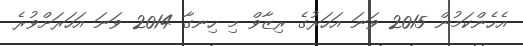
އެހެންކަމުން 2015 ވަނަ އަހަރުގެ ރިޒާވް މި ހިނގާ 2014 ވަނަ އަހަރަށްވުރެ